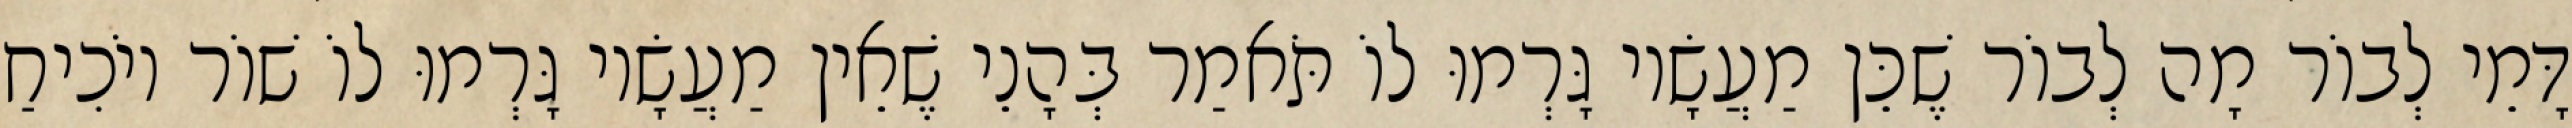
דָּמֵי לְבוֹר מָה לְבוֹר שֶׁכֵּן מַעֲשָׂיו גָּרְמוּ לוֹ תֹּאמַר בְּהָנֵי שֶׁאֵין מַעֲשָׂיו גָּרְמוּ לוֹ שׁוֹר יוֹכִיחַ